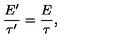
\frac { E ^ { \prime } } { \tau ^ { \prime } } = \frac { E } { \tau } ,